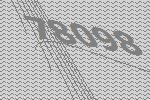
78098